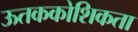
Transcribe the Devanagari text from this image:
ऊतककोशिकता